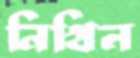
নিখিল